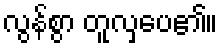
လွန်စွာ တူလှပေ၏။